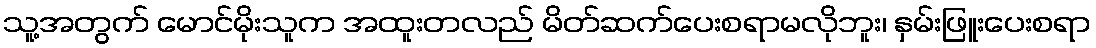
သူ့အတွက် မောင်မိုးသူက အထူးတလည် မိတ်ဆက်ပေးစရာမလိုဘူး၊ နှမ်းဖြူးပေးစရာ